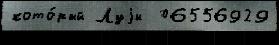
кото́рый Луjи  06556929